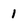
Character: 1